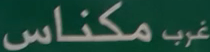
مكناس غرب